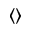
\langle \rangle